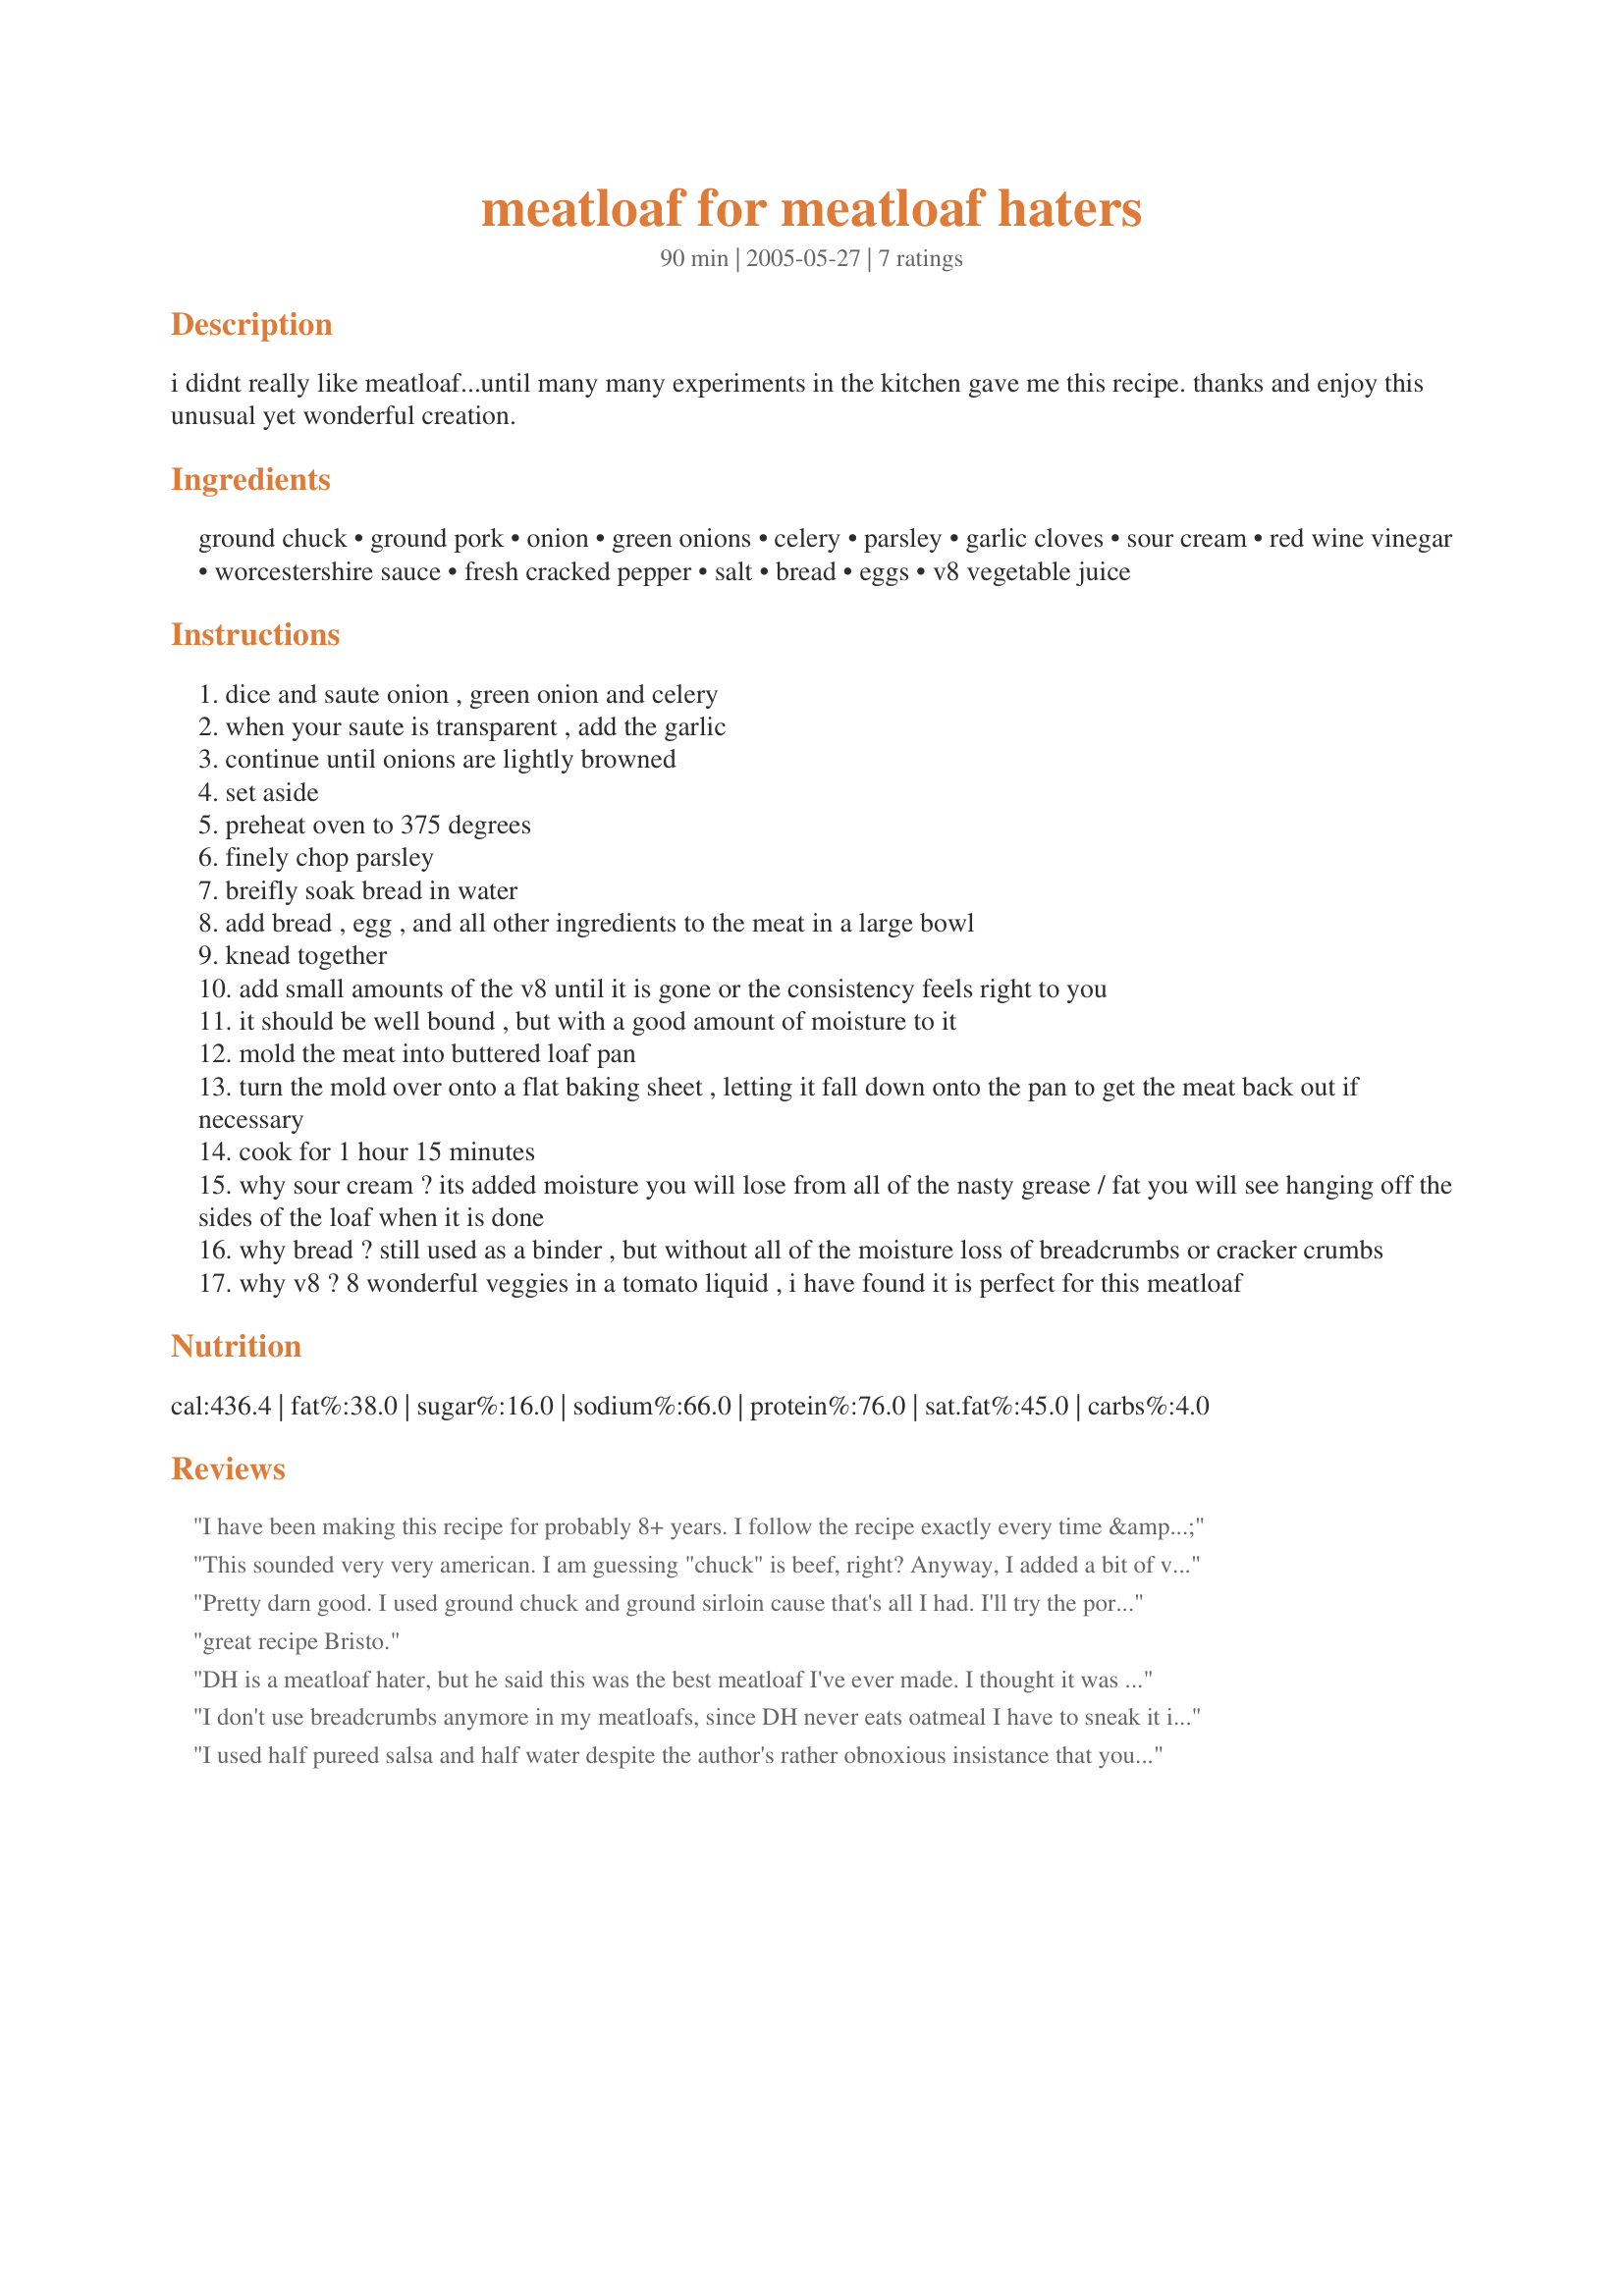
meatloaf for meatloaf haters
Preparation time: 90 minutes

i didnt really like meatloaf...until many many experiments in the kitchen gave me this recipe. thanks and enjoy this unusual yet wonderful creation.

Ingredients:
ground chuck, ground pork, onion, green onions, celery, parsley, garlic cloves, sour cream, red wine vinegar, worcestershire sauce, fresh cracked pepper, salt, bread, eggs, v8 vegetable juice

Steps:
dice and saute onion , green onion and celery
when your saute is transparent , add the garlic
continue until onions are lightly browned
set aside
preheat oven to 375 degrees
finely chop parsley
breifly soak bread in water
add bread , egg , and all other ingredients to the meat in a large bowl
knead together
add small amounts of the v8 until it is gone or the consistency feels right to you
it should be well bound , but with a good amount of moisture to it
mold the meat into buttered loaf pan
turn the mold over onto a flat baking sheet , letting it fall down onto the pan to get the meat back out if necessary
cook for 1 hour 15 minutes
why sour cream ? its added moisture you will lose from all of the nasty grease / fat you will see hanging off the sides of the loaf when it is done
why bread ? still used as a binder , but without all of the moisture loss of breadcrumbs or cracker crumbs
why v8 ? 8 wonderful veggies in a tomato liquid , i have found it is perfect for this meatloaf

Reviews:
I have been making this recipe for probably 8+ years. I follow the recipe exactly every time &amp; everytime get an absolutely delicious moist meatloaf! Normally I dip my meatloaf in ketchup but not this one- it&#039;s moist enough on its own!!! I have made this for several people &amp; they all rave about how good it is.i consider myself a very good cook &amp; normally when making meals look to several different recipes &amp; then come up with my own version. Not with meatloaf- I follow this recipe to a tee because why mess with perfection.
This sounded very very american. I am guessing "chuck" is beef, right? Anyway, I added a bit of veg stock rather than V8 since I have no idea where I would get that from anyway, and used greek yoghurt rather than sour cream, but for an anglocised version it was pretty good! Not sure about the celery though? seemed a bit weird.
Pretty darn good. I used ground chuck and ground sirloin cause that's all I had. I'll try the pork next time.
great recipe Bristo.
DH is a meatloaf hater, but he said this was the best meatloaf I've ever made. I thought it was absolutely delicious!!! I did leave out the parsley and garlic, and used a can of Spicy V8 instead of regular but did everything according to the recipe. Mmmm...
I don't use breadcrumbs anymore in my meatloafs, since DH never eats oatmeal I have to sneak it into his foods so this works fine! He doesn't know it's even in there LOL! I use the panko breadcrumbs w/some parmesan cheese mixed in on top though for a bit of a crunch. I have never thought of using V-8 but it tastes great so it works for me. I will try this making my own juice concoction of V-8 since I juice lots of vegetables & gardening season is here! DH is a very picky eater & doesn't like all kinds of vegetables either! I thought one day he caught on to me cooking w/oatmeal since he questioned me about what I put into the meatloaf? Well he meant it was a bit more spicy than my last one whew! I added cinnamon, chipotle just a bit too much but still tasted great! I left out the red wine vinegar, worcestershire sauce, bread.
I used half pureed salsa and half water despite the author's rather obnoxious insistance that you NOT make the thing if you don't use V8. (I am allergic to carrots, a component of V8.)

Came out pretty well. The soaked bread instead of breadcrumbs as a binder is a good trick. Keeps it from getting dry.
